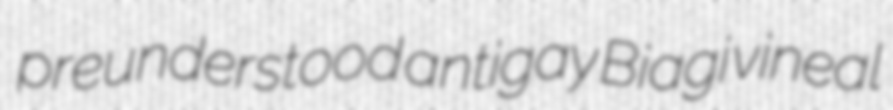
preunderstood antigay Biagi vineal